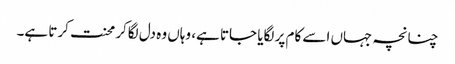
چنانچہ جہاں اسے کام پر لگایا جاتا ہے، وہاں وہ دل لگاکر محنت کرتا ہے۔